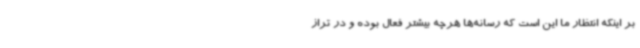
بر اینکه انتظار ما این است که رسانه‌ها هرچه بیشتر فعال بوده و در تراز